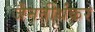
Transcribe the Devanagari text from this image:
जैनतीर्थंकर